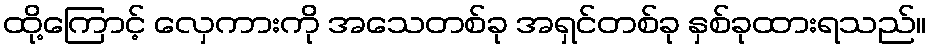
ထို့ကြောင့် လှေကားကို အသေတစ်ခု အရှင်တစ်ခု နှစ်ခုထားရသည်။